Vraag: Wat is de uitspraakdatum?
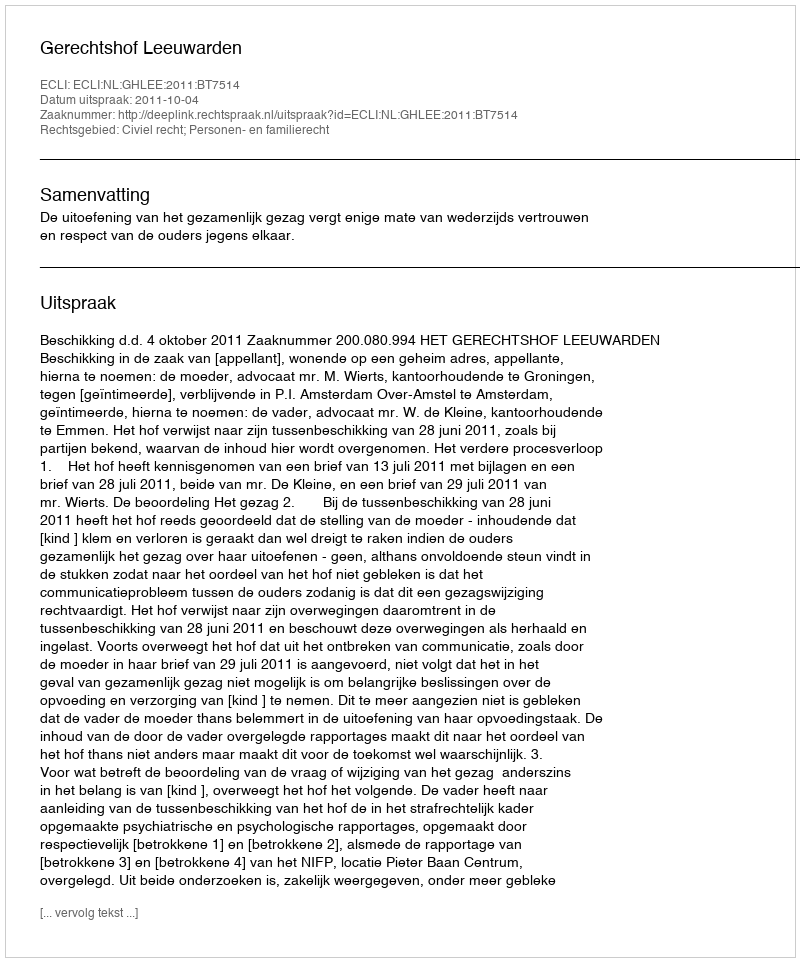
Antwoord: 2011-10-04